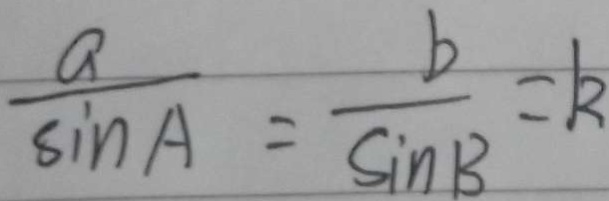
\frac { a } { \sin A } = \frac { b } { \sin B } = k